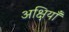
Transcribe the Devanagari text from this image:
अक्षियाँ